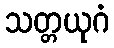
သတ္တယုဂံ